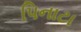
પિનાટા